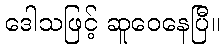
ဒေါသဖြင့် ဆူဝေနေပြီ။